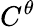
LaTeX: C^{\theta}